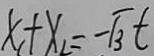
x _ { 2 } + x _ { 2 } = - \sqrt { 3 } t